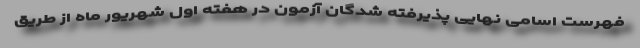
فهرست اسامی نهایی پذیرفته شدگان آزمون در هفته اول شهریور ماه از طریق